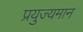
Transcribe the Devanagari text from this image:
प्रयुज्यमान